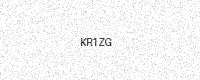
Text: KR1ZG